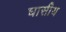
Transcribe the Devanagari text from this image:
घासीय